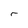
Character: r